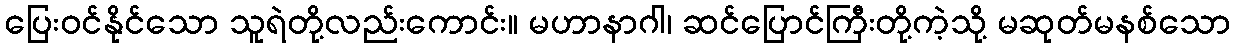
ပြေးဝင်နိုင်သော သူရဲတို့လည်းကောင်း။ မဟာနာဂါ၊ ဆင်ပြောင်ကြီးတို့ကဲ့သို့ မဆုတ်မနစ်သော